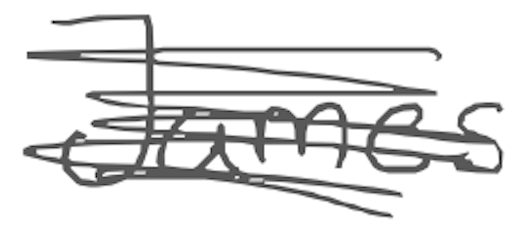
Text: James
Cross-out: scratch
Writing tool: digital_gray